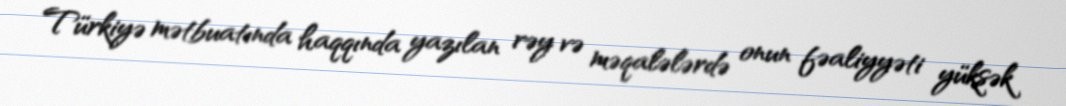
Türkiyə mətbuatında haqqında yazılan rəy və məqalələrdə onun fəaliyyəti yüksək